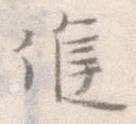
候